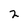
Character: 2